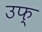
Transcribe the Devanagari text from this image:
उफ्‌